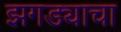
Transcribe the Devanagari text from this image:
झगड्याचा